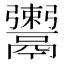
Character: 𩱖